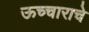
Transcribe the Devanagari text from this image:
ऊच्चाराचे